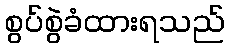
စွပ်စွဲခံထားရသည်